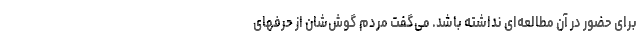
برای حضور در آن مطالعه‌ای نداشته باشد. می‌گفت مردم گوش‌شان از حرفهای